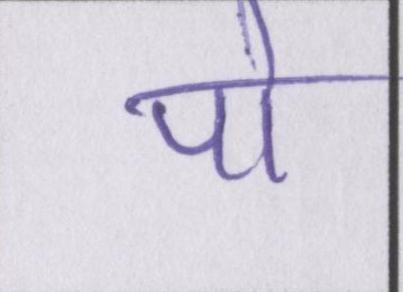
पो